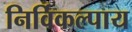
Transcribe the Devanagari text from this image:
निर्विकल्पाय